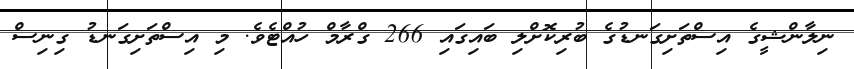
ނިލާންޝީގެ އިސްތަށިގަނޑުގެ ބުރިކޮށްލި ބައިގައި 266 ގްރާމް ހުއްޓެވެ. މި އިސްތަށިގަނޑު ގިނިސް